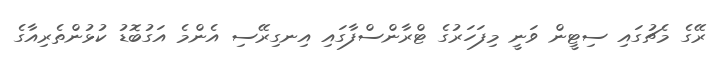
ރޭގެ މެޗުގައި ސިޓީން ވަނީ މިފަހަރުގެ ޓްރާންސްފާގައި އިނގިރޭސި އެންމެ އަގުބޮޑު ކުޅުންތެރިއާގެ